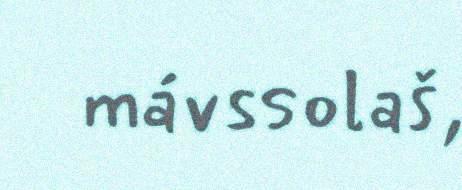
mávssolaš,